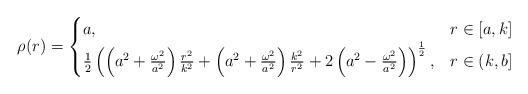
LaTeX: \begin{align*}\rho (r) = \begin{cases}a, & r\in [a,k] \\\frac{1}{2} \left( \left( a^2 + \frac{\omega ^2}{a^2} \right)\frac{r^2}{k^2} + \left( a^2 + \frac{\omega ^2}{a^2} \right) \frac{k^2}{r^2} + 2\left( a^2 - \frac{\omega ^2}{a^2} \right) \right)^{\frac{1}{2}}, & r\in (k,b]\end{cases}\end{align*}